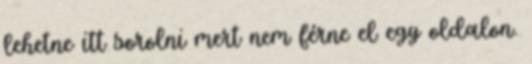
lehetne itt sorolni mert nem férne el egy oldalon.